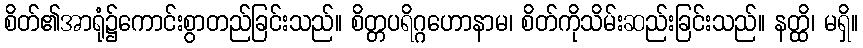
စိတ်၏အာရုံ၌ကောင်းစွာတည်ခြင်းသည်။ စိတ္တပရိဂ္ဂဟောနာမ၊ စိတ်ကိုသိမ်းဆည်းခြင်းသည်။ နတ္ထိ၊ မရှိ။